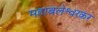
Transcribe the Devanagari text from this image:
महाबलेश्वरकर